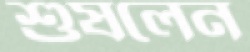
শুষলেন